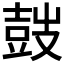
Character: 𡔷